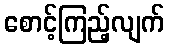
စောင့်ကြည့်လျက်